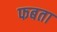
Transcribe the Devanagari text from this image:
फबता